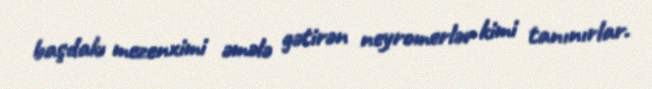
başdakı mezenximi əmələ gətirən neyromerlər kimi tanınırlar.